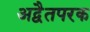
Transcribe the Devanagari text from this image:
अद्वैतपरक